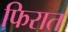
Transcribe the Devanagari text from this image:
फिरात